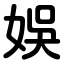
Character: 娛